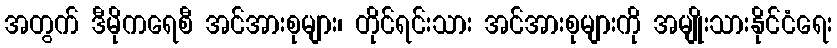
အတွက် ဒီမိုကရေစီ အင်အားစုများ၊ တိုင်ရင်းသား အင်အားစုများကို အမျိုးသားနိုင်ငံရေး